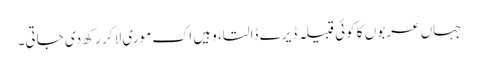
جہاں عربوں کا کوئی قبیلہ ڈیرے ڈالتا، وہیں اک موری لا کر رکھ دی جاتی۔